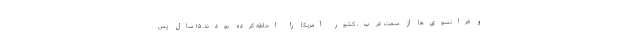
و فرانسوی‌ها از سمت غرب، کشور آمریکا را احاطه کرده بودند. ۱۵ سال پس